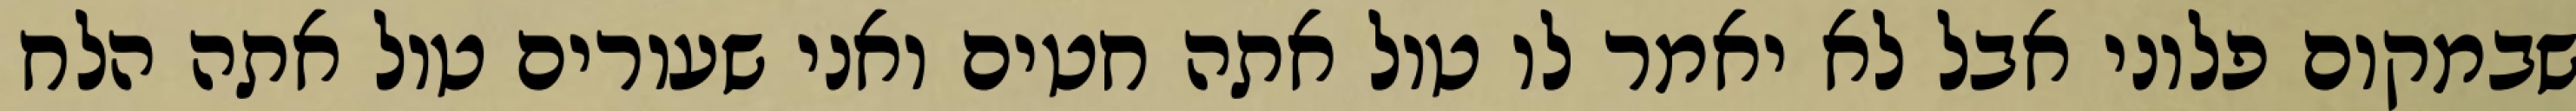
שבמקום פלוני אבל לא יאמר לו טול אתה חטים ואני שעורים טול אתה הלח